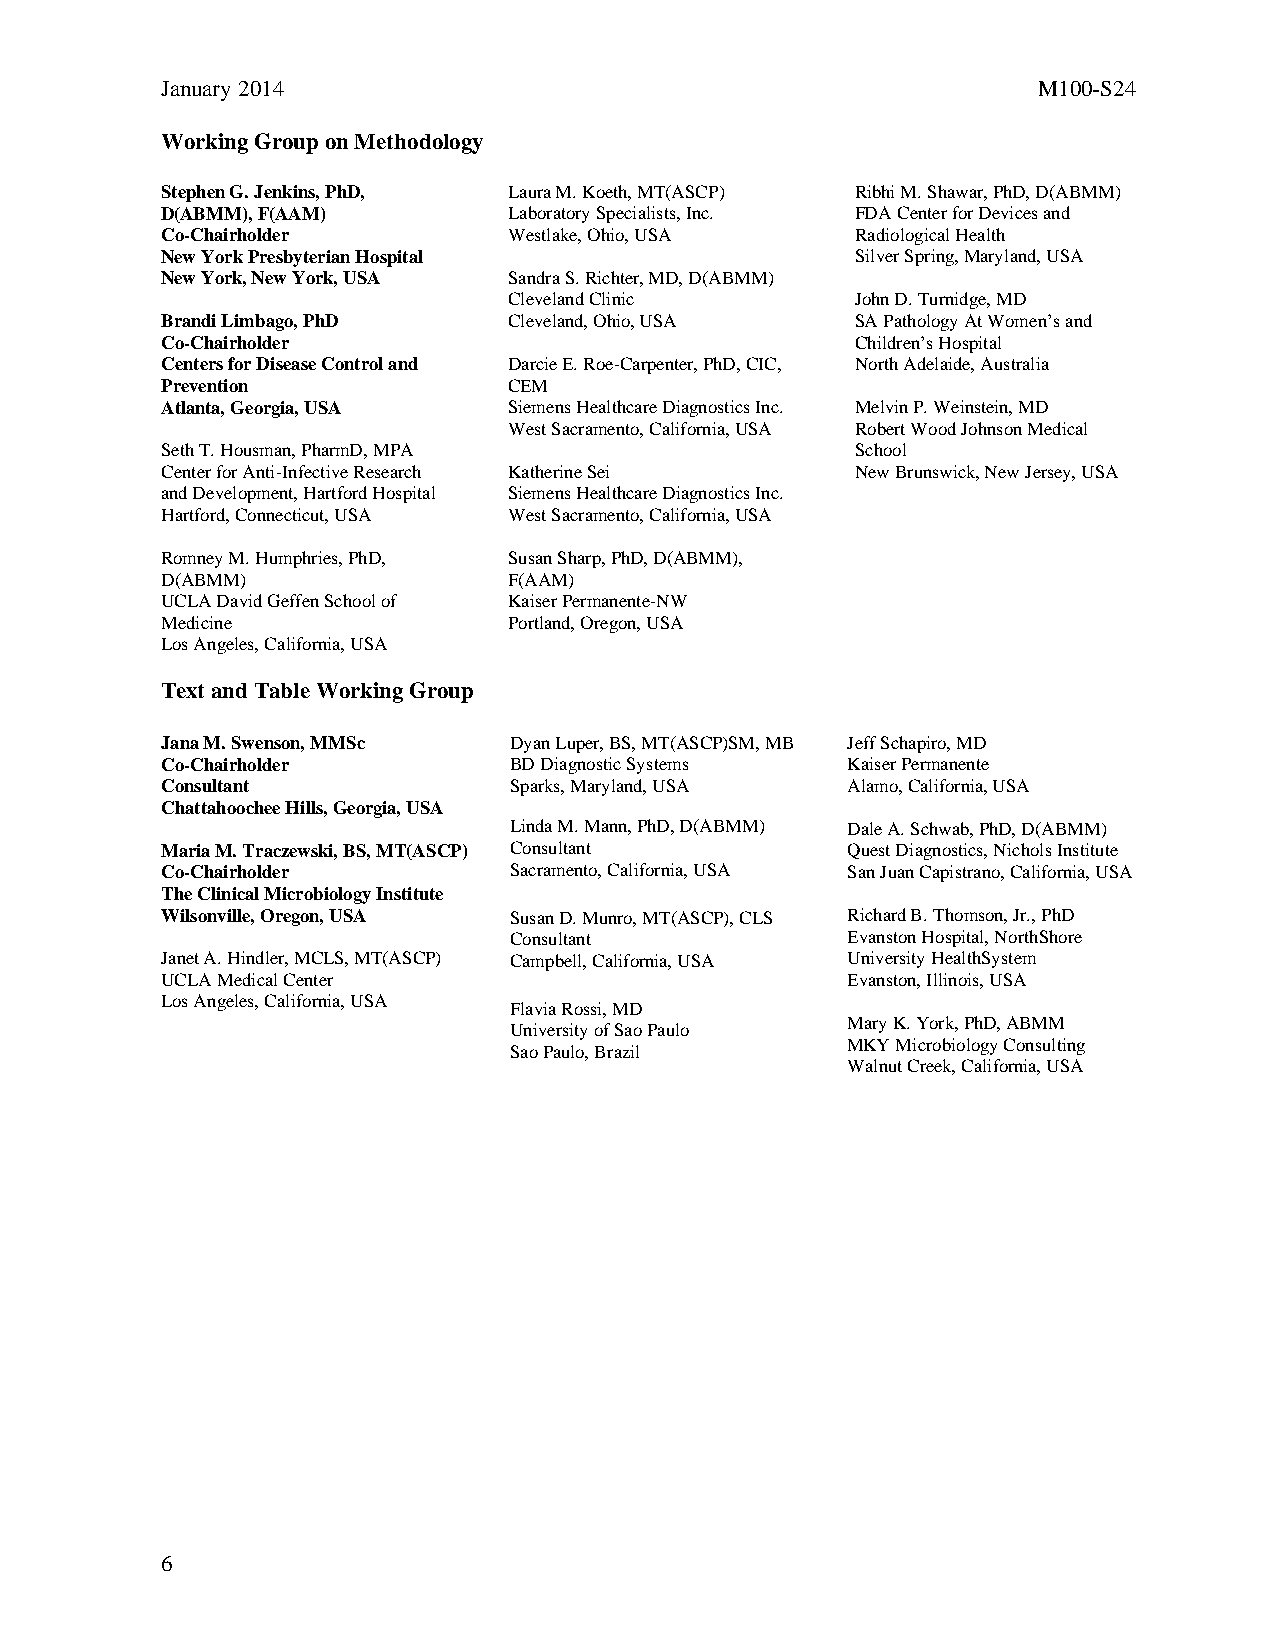
January 2014                                              M100-S24
 Working Group on Methodology
 Stephen G. Jenkins, PhD, Laura M. Koeth, MT(ASCP) Ribhi M. Shawar, PhD, D(ABMM)
 D(ABMM), F(AAM)        Laboratory Specialists, Inc. FDA Center for Devices and
 Co-Chairholder         Westlake, Ohio, USA    Radiological Health
 New York Presbyterian Hospital                Silver Spring, Maryland, USA
 New York, New York, USA Sandra S. Richter, MD, D(ABMM)
 Cleveland Clinic       John D. Turnidge, MD
 Brandi Limbago, PhD    Cleveland, Ohio, USA   SA Pathology At Women’s and
 Co-Chairholder                                Children’s Hospital
 Centers for Disease Control and Darcie E. Roe-Carpenter, PhD, CIC, North Adelaide, Australia
 Prevention             CEM
 Atlanta, Georgia, USA  Siemens Healthcare Diagnostics Inc. Melvin P. Weinstein, MD
 West Sacramento, California, USA Robert Wood Johnson Medical
 Seth T. Housman, PharmD, MPA                  School
 Center for Anti-Infective Research Katherine Sei New Brunswick, New Jersey, USA
 and Development, Hartford Hospital Siemens Healthcare Diagnostics Inc.
 Hartford, Connecticut, USA West Sacramento, California, USA
 Romney M. Humphries, PhD, Susan Sharp, PhD, D(ABMM),
 D(ABMM)                F(AAM)
 UCLA David Geffen School of Kaiser Permanente-NW
 Medicine               Portland, Oregon, USA
 Los Angeles, California, USA
 Text and Table Working Group
 Jana M. Swenson, MMSc  Dyan Luper, BS, MT(ASCP)SM, MB Jeff Schapiro, MD
 Co-Chairholder         BD Diagnostic Systems Kaiser Permanente
 Consultant             Sparks, Maryland, USA Alamo, California, USA
 Chattahoochee Hills, Georgia, USA
 Linda M. Mann, PhD, D(ABMM) Dale A. Schwab, PhD, D(ABMM)
 Maria M. Traczewski, BS, MT(ASCP) Consultant Quest Diagnostics, Nichols Institute
 Co-Chairholder         Sacramento, California, USA San Juan Capistrano, California, USA
 The Clinical Microbiology Institute
 Wilsonville, Oregon, USA Susan D. Munro, MT(ASCP), CLS Richard B. Thomson, Jr., PhD
 Consultant            Evanston Hospital, NorthShore
 Janet A. Hindler, MCLS, MT(ASCP) Campbell, California, USA University HealthSystem
 UCLA Medical Center                          Evanston, Illinois, USA
 Los Angeles, California, USA
 Flavia Rossi, MD
 Mary K. York, PhD, ABMM
 University of Sao Paulo
 MKY Microbiology Consulting
 Sao Paulo, Brazil
 Walnut Creek, California, USA
 6
 Thisdocumentisprotectedbycopyright.
 PublishedOn1/1/2014.